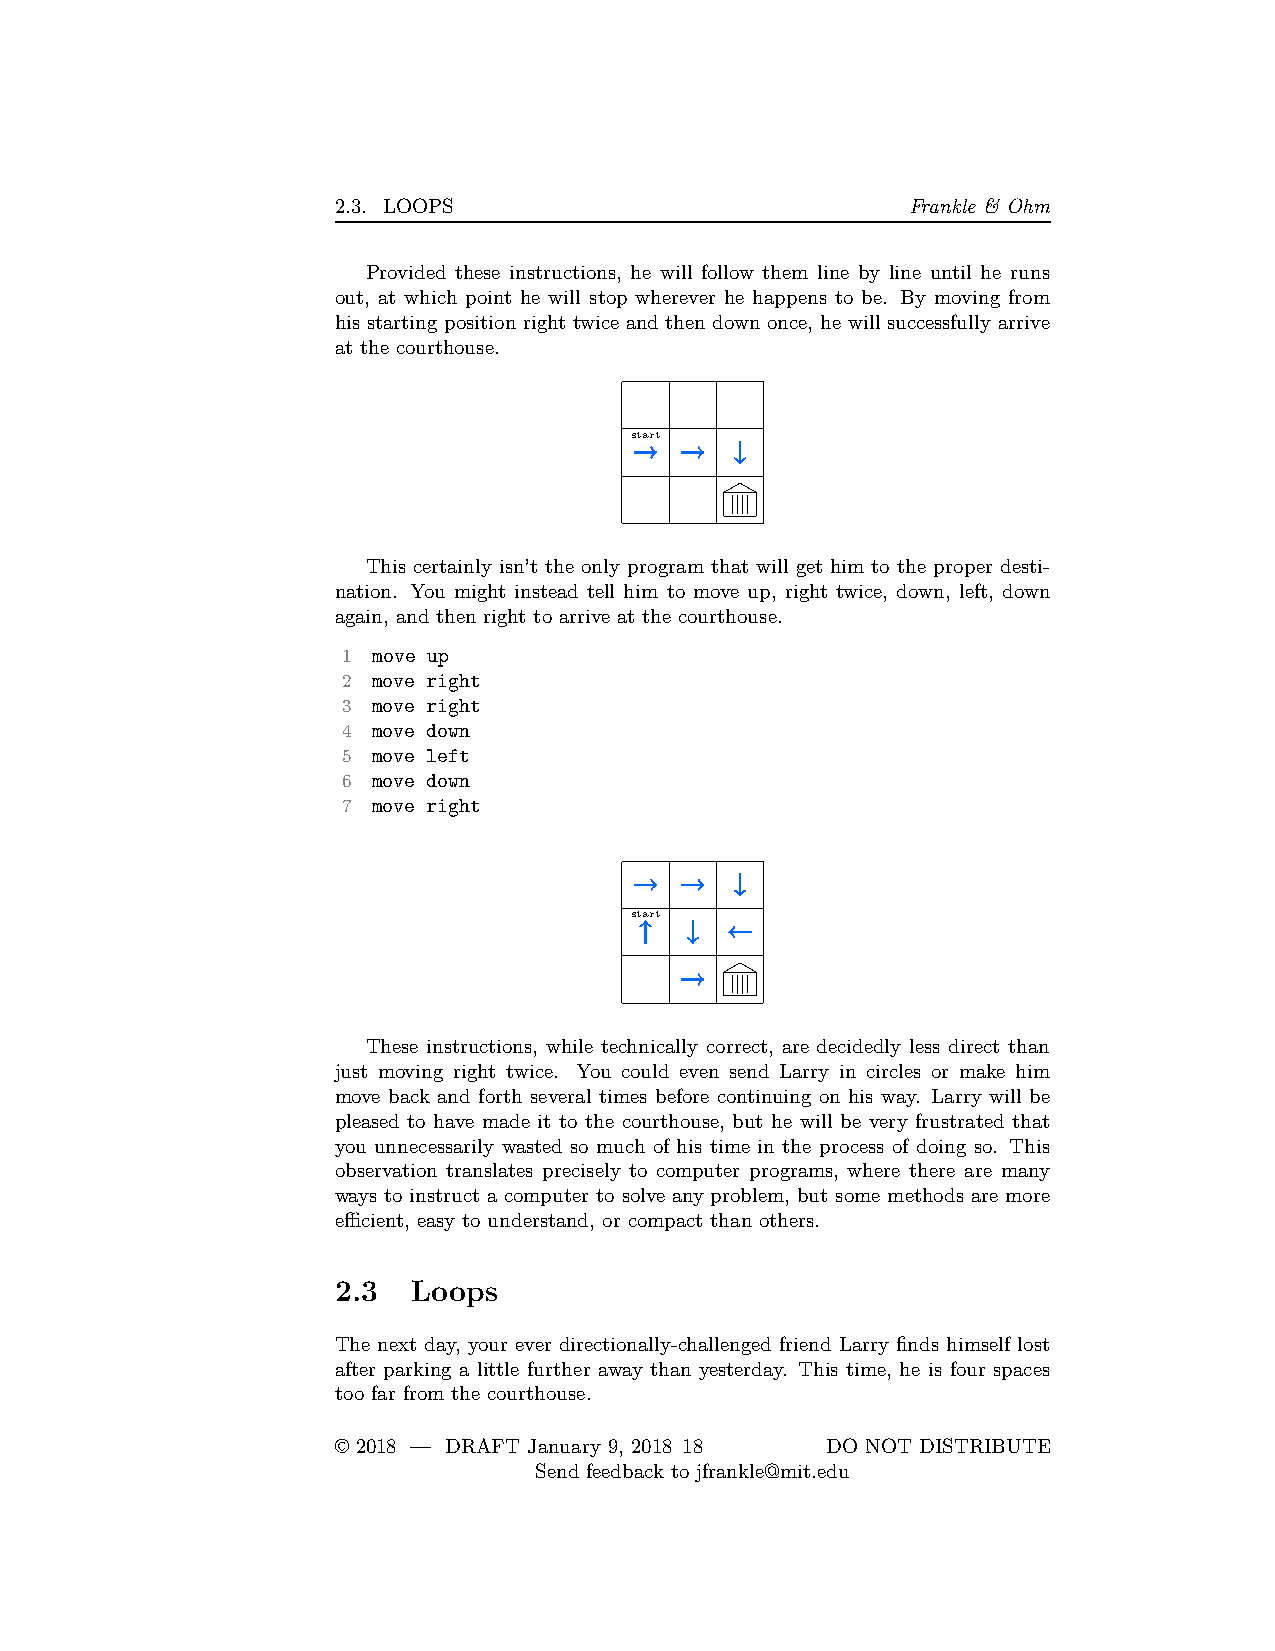
2.3. LOOPS                            Frankle & Ohm
 Provided these instructions, he will follow them line by line until he runs
 out, at which point he will stop wherever he happens to be. By moving from
 his starting position right twice and then down once, he will successfully arrive
 at the courthouse.
 start
 This certainly isn’t the only program that will get him to the proper desti-
 nation. You might instead tell him to move up, right twice, down, left, down
 again, and then right to arrive at the courthouse.
 1 move up
 2 move right
 3 move right
 4 move down
 5 move left
 6 move down
 7 move right
 start
 These instructions, while technically correct, are decidedly less direct than
 just moving right twice. You could even send Larry in circles or make him
 move back and forth several times before continuing on his way. Larry will be
 pleased to have made it to the courthouse, but he will be very frustrated that
 you unnecessarily wasted so much of his time in the process of doing so. This
 observation translates precisely to computer programs, where there are many
 ways to instruct a computer to solve any problem, but some methods are more
 efficient, easy to understand, or compact than others.
 2.3  Loops
 The next day, your ever directionally-challenged friend Larry finds himself lost
 after parking a little further away than yesterday. This time, he is four spaces
 too far from the courthouse.
 © 2018 — DRAFT January 9, 2018 18 DO NOT DISTRIBUTE
 Send feedback to jfrankle@mit.edu